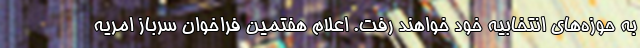
به حوزه‌های انتخابیه خود خواهند رفت. اعلام هفتمین فراخوان سرباز امریه